Vaccination United Provinces of Agra and Oudh 1914-1922 - 1914-1922
Year: 1914
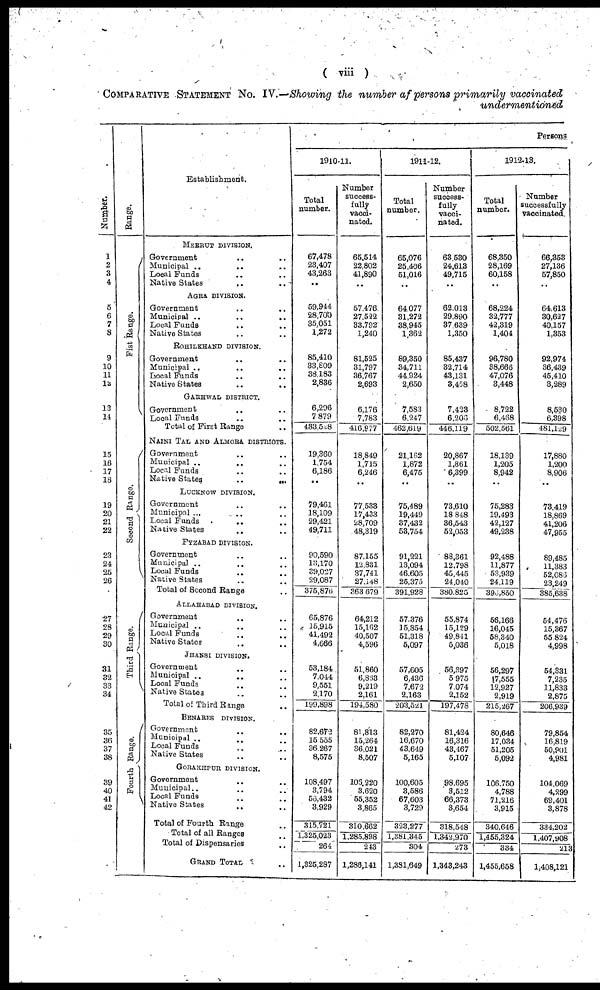
( viii )
COMPARATIVE STATEMENT No. IV.—Showing the number of persons primarily vaccinated
undermentioned
Number.
1
2
3
4
5
6
7
8
9
10
11
12
13
14
15
16
17
18
19
20
21
22
23
24
25
26
27
28
29
30
31
32
33
34
35
36
37
38
39
40
41
42
Range.
Fist Range.
Second Range.
Third Range.
Fourth Range.
Establishment.
MEERUT DIVISION.
Government
.. .. ..
Municipal .. .. ..
Local Funds .. ..
Native States
.. ..
AGRA DIVISION.
Government .. ..
Municipal .. .. ..
Local Funds .. ..
Native States .. ..
ROHILKHAND DIVISION.
Government
..
..
Municipal .. ..
Local Funds .. ..
Native States
..
..
GARHWAL DISTRICT.
Government .. ..
Local Funds .. ..
Total of First Range ..
NAINITAL AND ALMORA DISTRICTS.
Government .. ..
Municipal ..
..
Local Funds .. ..
Native States
..
...
LUCKNOW DIVISION.
Government .. ..
Municipal ... .. ..
Local Funds
.. ..
Native States .. ..
FYZABAD DIVISION.
Government .. ..
Municipal .. ..
Local Funds .. ..
Native States .. ..
Total of Second Range ..
ALLAHABAD DIVISION.
Government .. ..
Municipal ..
..
Local Funds .. ..
Native States .. ..
JHANSI DIVISION.
Government .. ..
Municipal ..
..
Local Funds .. ..
Native States .. ..
Total of Third Range .. ..
BENARES DIVISION.
Government .. ..
Municipal .. ..
Local Funds .. ..
Native States .. ..
GORAKHPUR DIVISION.
Government .. ..
Municipal .. ..
Local Funds .. ..
Native States .. ..
Total of Fourth Range ..
Total of all Ranges ..
Total Dispensaries ..
GRAND TOTAL ..
Persons
1910-11.
Total
number.
67,478
23,407
43,263
..
59,944
28,700
35,051
1,272
85,410
33,809
38,183
2,836
6,296
7,879
433,528
19,360
1,754
6,186
..
79,461
18,109
29,421
49,711
90,590
13,170
39,027
29,087
375,876
65,876
15,915
41,492
4,666
53,184
7,044
9,551
2,170
199,898
82,672
15,555
36.267
8,575
108,497
3,794
56,432
3,929
315,721
1,325,023
264
1,325,287
Number
success-
fully
vacci-
nated.
65,514
22,802
41,890
..
57,476
27,522
33,792
1,240
81,525
31,797
36,767
2,693
6,176
7,783
416,977
18,849
1,715
6,246
..
77,533
17,433
28,709
48,319
87,155
12,831
37,741
27,148
363,679
64,212
15,162
40,507
4,596
51,860
6,863
9,219
2,161
194,580
81,813
15,264
36,021
8,507
106,220
3,620
55,352
3,865
310,662
1,285,898
243
1,286,141
1911-12.
Total
number.
65,076
25,406
51,016
..
64,077
31,272
38,945
1,362
89,350
34,711
44,924
2,650
7,583
6,247
462,619
21,162
1,872
6,475
..
75,489
19,449
37,432
53,754
91,221
13,094
46,605
25,375
391,928
57,376
15,854
51,318
5,097
57,605
6,436
7,672
2,163
203,521
82,270
16,670
43,649
5,165
100,605
3,586
67,603
3,729
323,277
1,381,345
304
1,381,649
Number
success-
fully
vacci-
nated.
63,530
24,613
49,715
..
62,013
29,890
37,639
1,350
85,437
32,714
43,131
3,458
7,423
6,206
446,119
20,867
1,861
6,399
..
73,610
18,848
36,543
52,053
88,361
12,798
45,445
24,040
380,825
55,874
15,129
49,841
5,036
56,397
5,975
7,074
2,152
197,478
81,424
16,316
43,467
5,107
98,695
3,512
66,373
3,654
318,548
1,342,970
273
1,343,243
1912-13.
Total
number.
68,350
28,169
60,158
..
68,224
32,777
42,319
1,404
96,780
38,666
47,076
3,448
8,722
6,468
502,561
18,139
1,205
8,942
..
75,283
19,493
42,127
49,238
92,488
11,877
53,939
24,119
396,850
56,166
16,045
58,340
5,018
56,297
17,555
12,927
2,919
215,267
80,646
17,034
51,205
5,092
106,750
4,788
71,216
3,915
340,646
1,455,324
334
1,455,658
Number
successfully
vaccinated.
66,353
27,136
57,850
..
64,613
30,627
40,157
1,353
92,974
36,439
45,410
3,289
8,530
6,398
481,129
17,880
1,200
8,906
..
73,419
18,869
41,206
47,955
89,485
11,383
52,086
23,249
385,638
54,476
15,367
55,824
4,998
54,331
7,235
11,833
2,875
206,939
79,854
16,819
50,901
4,981
104,069
4,299
69,401
3,878
334,202
1,407,908
213
1,408,121